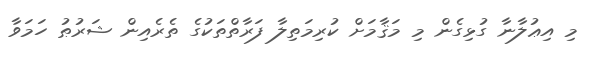
މި އިޢުލާނާ ގުޅިގެން މި މަޤާމަށް ކުރިމަތިލާ ފަރާތްތަކުގެ ތެރެއިން ޝަރުޠު ހަމަވާ